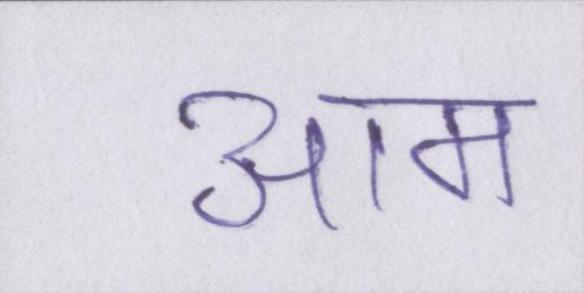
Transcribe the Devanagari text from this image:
आम